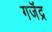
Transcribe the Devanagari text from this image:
गजॆंद्र